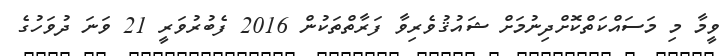
ވީމާ މި މަސައްކަތްކޮށްދިނުމަށް ޝައުޤުވެރިވާ ފަރާތްތަކުން 2016 ފެބުރުވަރީ 21 ވަނަ ދުވަހުގެ